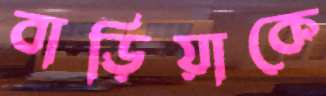
বাড়িয়াকে